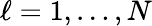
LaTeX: \ell=1,\ldots,N